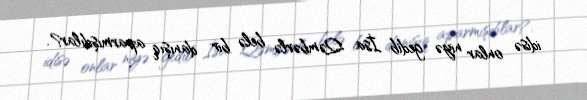
idisə onlar niyə gedib İsa Qəmbərlə belə bir danışıq aparmışdılar?.